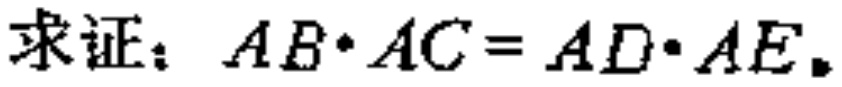
求证：\(AB\cdot AC = AD\cdot AE\)。